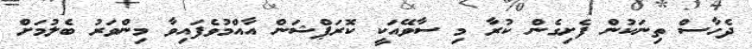
ދެހާސް ތިނަކުން ފެށިގެން ކުރާ މި ސާވޭއަކީ ކޮރަޕްޝަން އާއްމުވެފައިވާ މިންވަރު ބެލުމަށް